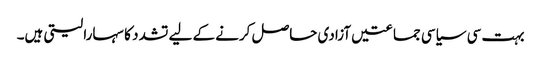
‏ بہت سی سیاسی جماعتیں آزادی حاصل کرنے کے لیے تشدد کا سہارا لیتی ہیں۔